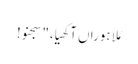
مُلا ہوراں آکھیا،"سجنو!